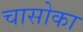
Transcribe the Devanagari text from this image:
चासोका